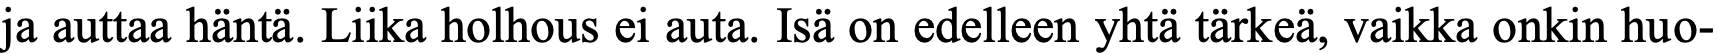
ja auttaa häntä. Liika holhous ei auta. Isä on edelleen yhtä tärkeä, vaikka onkin huo-